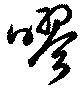
嘐